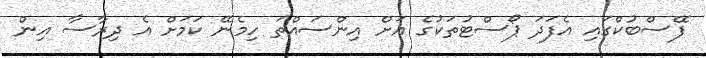
ފޭސްބުކްގައި އެފަދަ ޕޯސްޓުތަކުގެ އަށް އިންސައްތަ ހިމެނޭ ކަމަށް އެ ދިރާސާ އިން